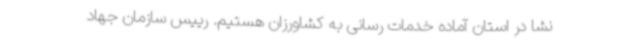
نشا در استان آماده خدمات رسانی به کشاورزان هستیم. رییس سازمان جهاد